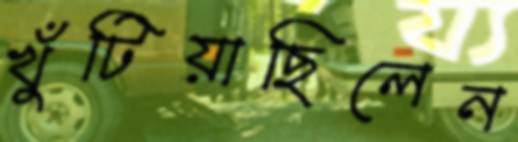
খুঁটিয়াছিলেন